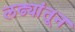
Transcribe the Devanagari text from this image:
लढ्यांतून